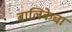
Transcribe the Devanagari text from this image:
बालिकेचा